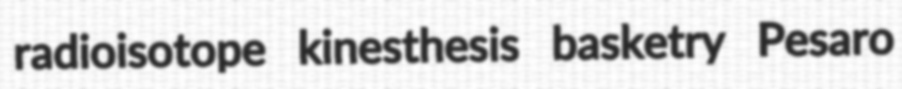
radioisotope kinesthesis basketry Pesaro